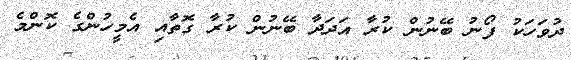
ދުވަހަކު ފޯނު ބޭނުން ކުރާ އަދަދާ ބޭނުން ކުރާ ގޮތާއި އެމީހުންގެ ކޮންމެ